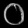
Digit: ၀